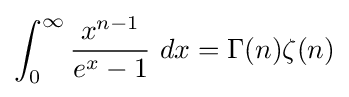
\int _{0}^{\infty }{\frac {x^{n-1}}{e^{x}-1}}\ dx=\Gamma (n)\zeta (n)